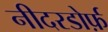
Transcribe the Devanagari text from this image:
नीदरडोर्फ़